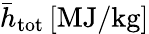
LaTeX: \bar{h}_{\mathrm{tot}}\, \mathrm{[MJ/kg]}